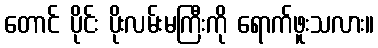
တောင် ပိုင်း ပိုးလမ်းမကြီးကို ရောက်ဖူးသလား။